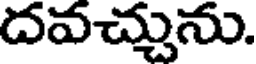
దవచ్చును.